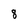
Character: 8